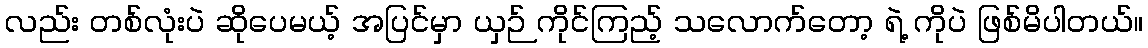
လည်း တစ်လုံးပဲ ဆိုပေမယ့် အပြင်မှာ ယှဉ် ကိုင်ကြည့် သလောက်တော့ ရဲ့ ကိုပဲ ဖြစ်မိပါတယ်။